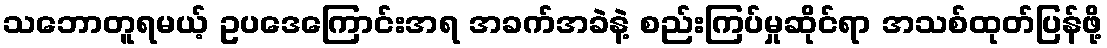
သဘောတူရမယ့် ဥပဒေကြောင်းအရ အခက်အခဲနဲ့ စည်းကြပ်မှုဆိုင်ရာ အသစ်ထုတ်ပြန်ဖို့